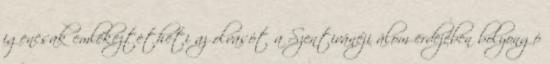
igencsak emlékeztetheti az olvasót a Szentivánéji álom erdejében bolyongó